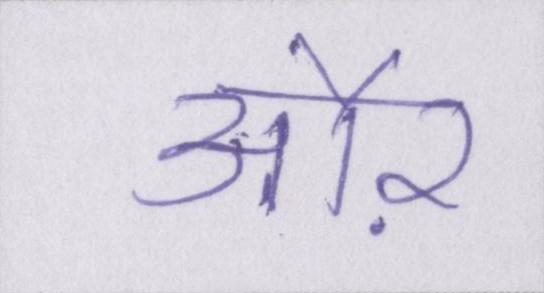
औऱ